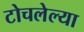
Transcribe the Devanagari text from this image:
टोचलेल्या